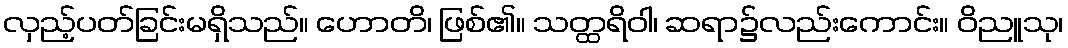
လှည့်ပတ်ခြင်းမရှိသည်။ ဟောတိ၊ ဖြစ်၏။ သတ္ထရိဝါ၊ ဆရာ၌လည်းကောင်း။ ဝိညူသု၊